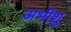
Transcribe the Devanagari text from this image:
अभीशु